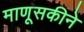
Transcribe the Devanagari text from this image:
माणूसकीने